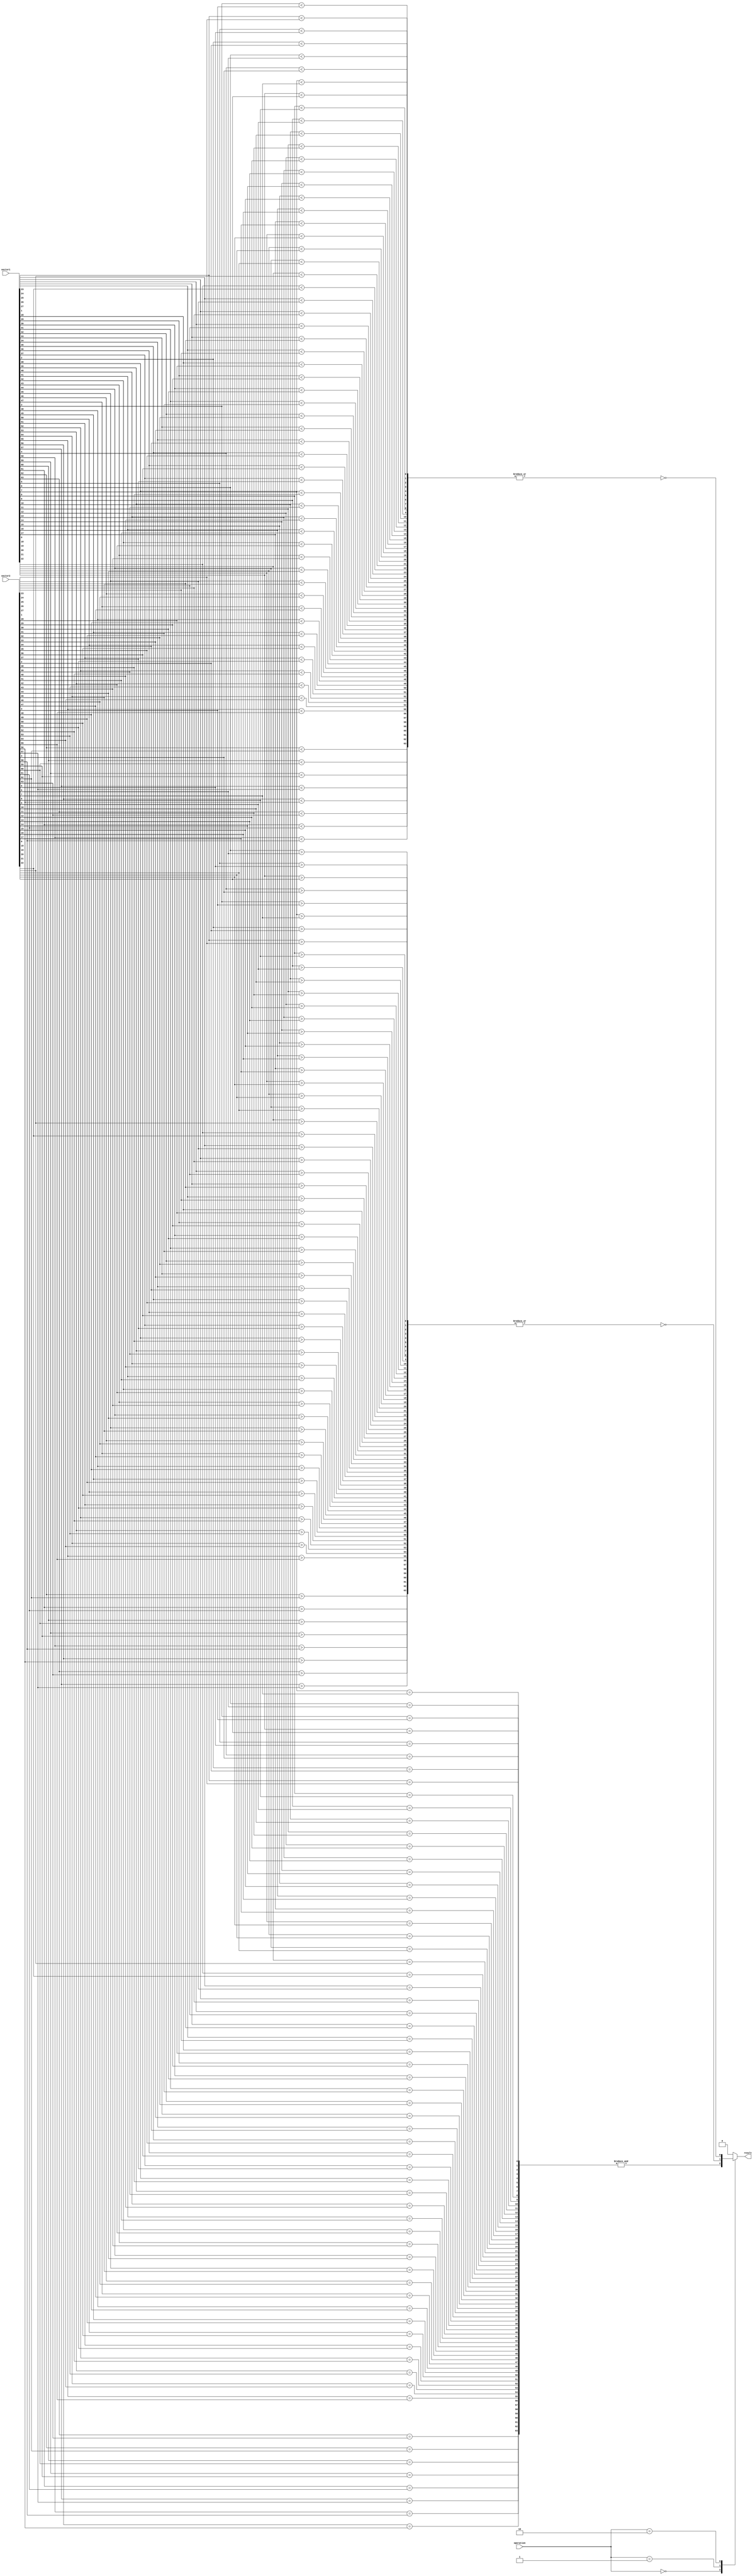
module comparator (
    input [63:0] vector1,
    input [63:0] vector2,
    input [1:0] operation, // 00: equal, 01: greater than, 10: less than
    output reg result
);

reg [63:0] equal_results;
reg [63:0] greater_results;
reg [63:0] less_results;

// Comparing corresponding bits of two input vectors
genvar i;
generate
    for (i = 0; i < 64; i = i + 1) begin : compare_blocks
        always @* begin
            equal_results[i] = (vector1[i] == vector2[i]);
            greater_results[i] = (vector1[i] > vector2[i]);
            less_results[i] = (vector1[i] < vector2[i]);
        end
    end
endgenerate

// Combining comparison results based on select lines
always @* begin
    case(operation)
        2'b00: result = (&equal_results);
        2'b01: result = (~|greater_results);
        2'b10: result = (~|less_results);
        default: result = 1'b0; // Default case
    endcase
end

endmodule